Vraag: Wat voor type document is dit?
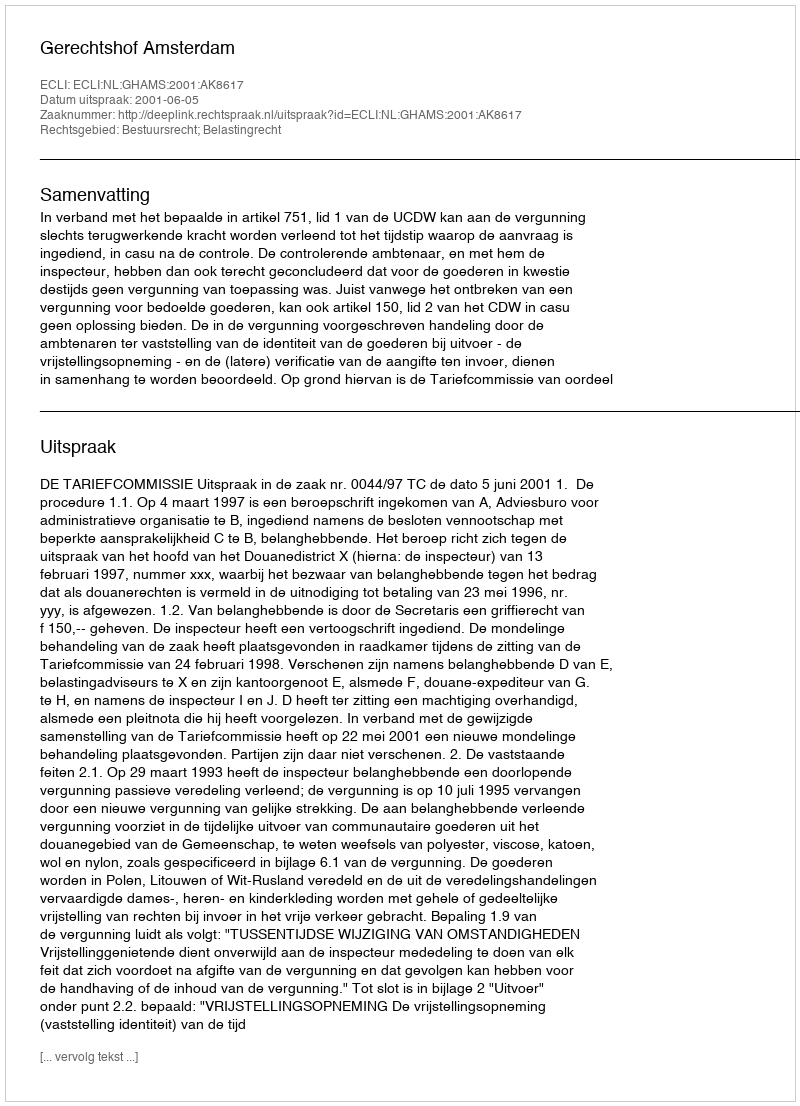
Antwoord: Uitspraak